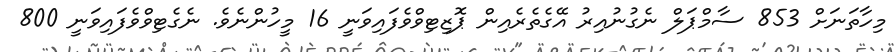
މިހާތަނަށް 853 ސާމްޕަލް ނެގުނުއިރު އޭގެތެރެއިން ޕޮޒިޓިވްވެފައިވަނީ 16 މީހުންނެވެ. ނެގެޓިވްވެފައިވަނީ 800